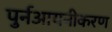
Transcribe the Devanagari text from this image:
पुर्नआयनीकरण